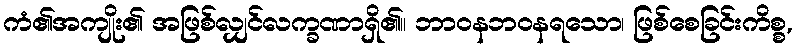
ကံ၏အကျိုး၏ အဖြစ်လျှင်လက္ခဏာရှိ၏။ ဘာဝနဘဝနရသော၊ ဖြစ်စေခြင်းကိစ္စ,